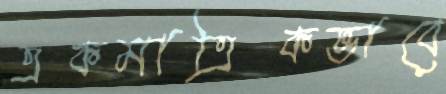
একমাত্রিকভাবে